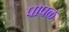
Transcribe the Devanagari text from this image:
पापळ